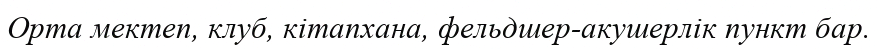
Орта мектеп, клуб, кітапхана, фельдшер-акушерлік пункт бар.